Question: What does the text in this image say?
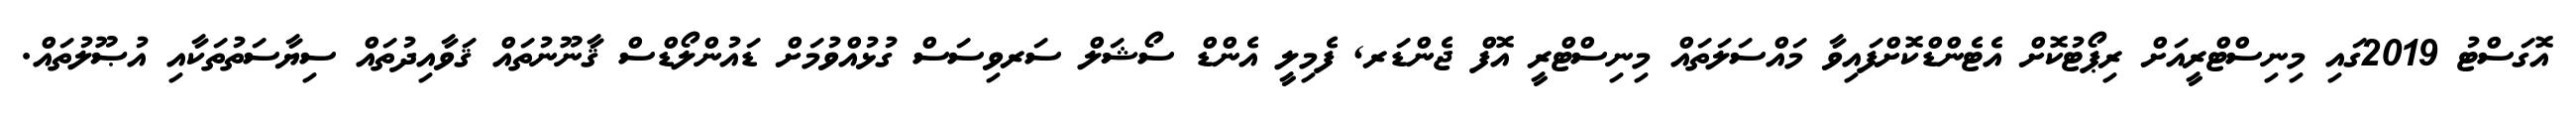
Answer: އޮގަސްޓު 2019ގައި މިނިސްޓްރީއަށް ރިޕޯޓުކޮށް އެޓެންޑްކޮށްފައިވާ މައްސަލަތައް މިނިސްޓްރީ އޮފް ޖެންޑަރ, ފެމިލީ އެންޑް ސޯޝަލް ސަރވިސަސް ގުޅުއްވުމަށް ޑައުންލޯޑްސް ޤާނޫނުތައް ޤަވާއިދުތައް ސިޔާސަތުތަކާއި އުޞޫލުތައް.